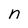
Character: n